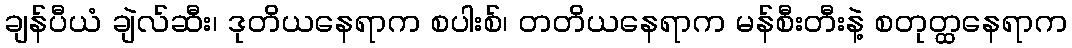
ချန်ပီယံ ချဲလ်ဆီး၊ ဒုတိယနေရာက စပါးစ်၊ တတိယနေရာက မန်စီးတီးနဲ့ စတုတ္ထနေရာက